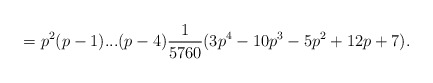
\begin{align*}=p^{2}(p-1)...(p-4)\frac{1}{5760} (3p^{4}-10p^{3}-5p^{2}+12p+7) .\end{align*}